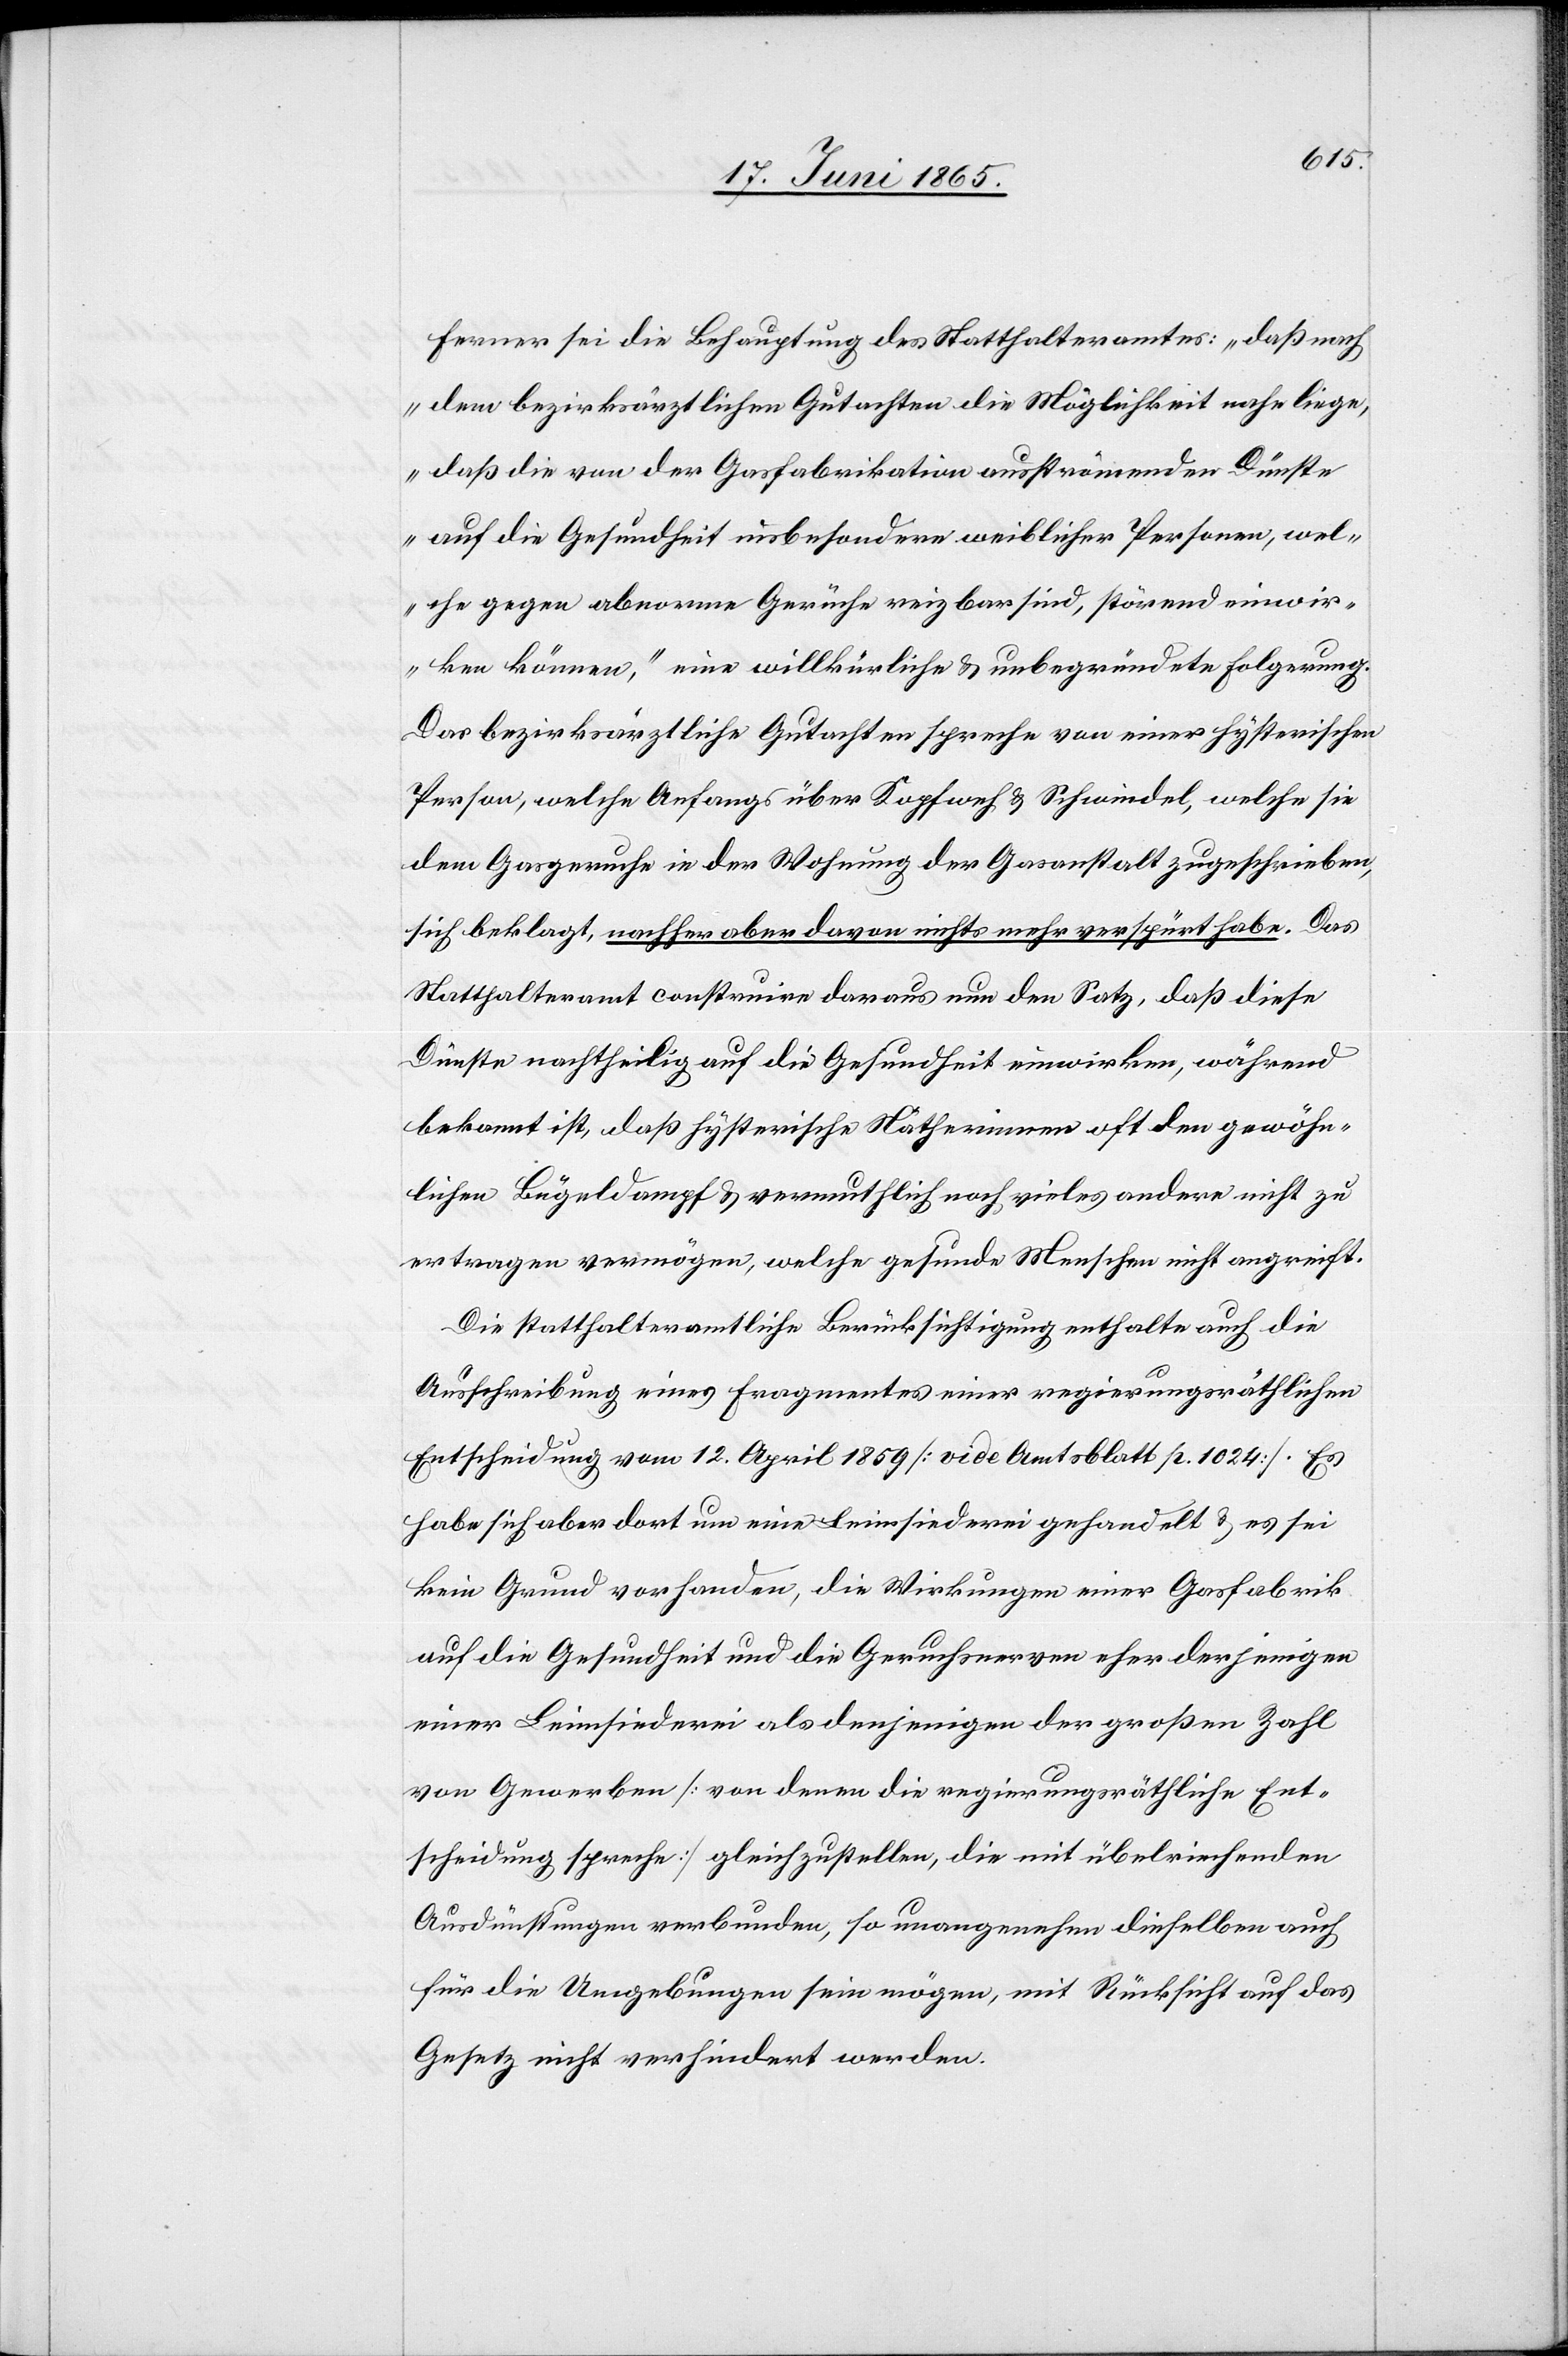
Ferner sei die Behauptung des Statthalteramtes: „daß nach
dem bezirksärztlichen Gutachten die Möglichkeit nahe liege,
daß die von der Gasfabrikation ausströmenden Dünste
auf die Gesundheit insbesondere weiblicher Personen, wel¬
che gegen abnorme Gerüche reizbar sind, störend einwir¬
ken können“, eine willkürliche & unbegründete Folgerung.
Das bezirksärztliche Gutachten spreche von einer hysterischen
Person, welche Anfangs über Kopfweh & Schwindel, welche sie
dem Gasgeruche in der Wohnung der Gasanstalt zugeschrieben,
sich beklagt, nachher aber davon nichts mehr verspürt habe. Das
Statthalteramt construire daraus nun den Satz, daß diese
Dünste nachtheilig auf die Gesundheit einwirken, während
bekannt ist, daß hysterische Nätherinnen oft den gewöhn¬
lichen Bügeldampf & vermuthlich noch vieles andere nicht zu
ertragen vermögen, welche gesunde Menschen nicht angreift.
Die statthalteramtliche Berücksichtigung enthalte auch die
Ausschreibung eines Fragmentes einer regierungsräthlichen
Entscheidung vom 12. April 1859 [vide Amtsblatt p. 1024]. Es
habe sich aber dort um eine Leimsiederei gehandelt & es sei
kein Grund vorhanden, die Wirkungen einer Gasfabrik
auf die Gesundheit und die Geruchsnerven eher derjenigen
einer Leimsiederei als denjenigen der großen Zahl
von Gewerben [von deren die regierungsräthliche Ent¬
scheidung spreche] gleichzustellen, die mit übelriechenden
Ausdünstungen verbunden, so unangenehm dieselben auch
für die Umgebungen sein mögen, mit Rücksicht auf das
Gesetz nicht verhindert werden.